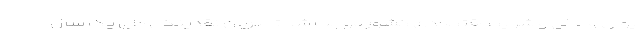
پولی و مالی و شرایط اقتصادی کشور موجب شد تا جریان نقدینگی طی یک سال